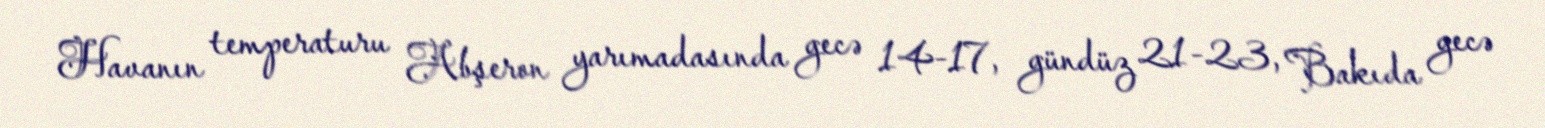
Havanın temperaturu Abşeron yarımadasında gecə 14-17, gündüz 21-23, Bakıda gecə